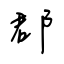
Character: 郡